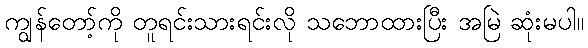
ကျွန်တော့်ကို တူရင်းသားရင်းလို သဘောထားပြီး အမြဲ ဆုံးမပါ။